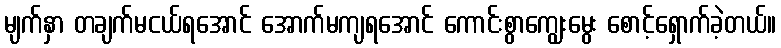
မျက်နှာ တချက်မငယ်ရအောင် အောက်မကျရအောင် ကောင်းစွာကျွေးမွေး စောင့်ရှောက်ခဲ့တယ်။